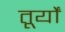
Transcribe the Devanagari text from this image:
तूर्यों